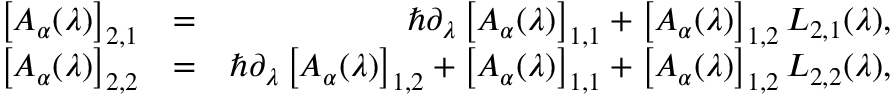
\begin{array} { r l r } { \left[ A _ { \boldsymbol { \alpha } } ( \lambda ) \right] _ { 2 , 1 } } & { = } & { \hbar \partial _ { \lambda } \left[ A _ { \boldsymbol { \alpha } } ( \lambda ) \right] _ { 1 , 1 } + \left[ A _ { \boldsymbol { \alpha } } ( \lambda ) \right] _ { 1 , 2 } L _ { 2 , 1 } ( \lambda ) , } \\ { \left[ A _ { \boldsymbol { \alpha } } ( \lambda ) \right] _ { 2 , 2 } } & { = } & { \hbar \partial _ { \lambda } \left[ A _ { \boldsymbol { \alpha } } ( \lambda ) \right] _ { 1 , 2 } + \left[ A _ { \boldsymbol { \alpha } } ( \lambda ) \right] _ { 1 , 1 } + \left[ A _ { \boldsymbol { \alpha } } ( \lambda ) \right] _ { 1 , 2 } L _ { 2 , 2 } ( \lambda ) , } \end{array}